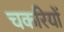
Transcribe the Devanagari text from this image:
चकरियों